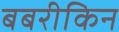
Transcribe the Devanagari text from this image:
बबरीकिन